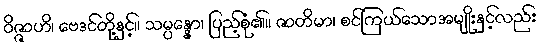
ဝိဇ္ဇာဟိ၊ ဗေဒင်တို့နှင့်။ သမ္ပန္နော၊ ပြည့်စုံ၏။ ဇာတိမာ၊ စင်ကြယ်သောအမျိုးနှင့်လည်း